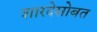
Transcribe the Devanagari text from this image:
शारदेसोबत